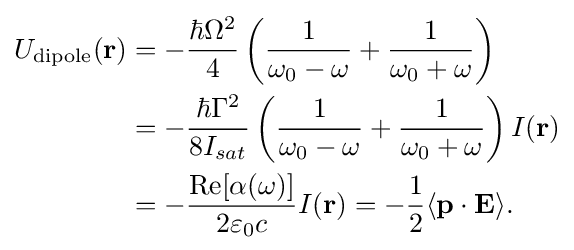
{\begin{aligned}U_{\text{dipole}}(\mathbf {r} )&=-{\frac {\hbar \Omega ^{2}}{4}}\left({\frac {1}{\omega _{0}-\omega }}+{\frac {1}{\omega _{0}+\omega }}\right)\\&=-{\frac {\hbar \Gamma ^{2}}{8I_{sat}}}\left({\frac {1}{\omega _{0}-\omega }}+{\frac {1}{\omega _{0}+\omega }}\right)I(\mathbf {r} )\\&=-{\frac {{\text{Re}}[\alpha (\omega )]}{2\varepsilon _{0}c}}I(\mathbf {r} )=-{\frac {1}{2}}\langle \mathbf {p\cdot E} \rangle .\end{aligned}}